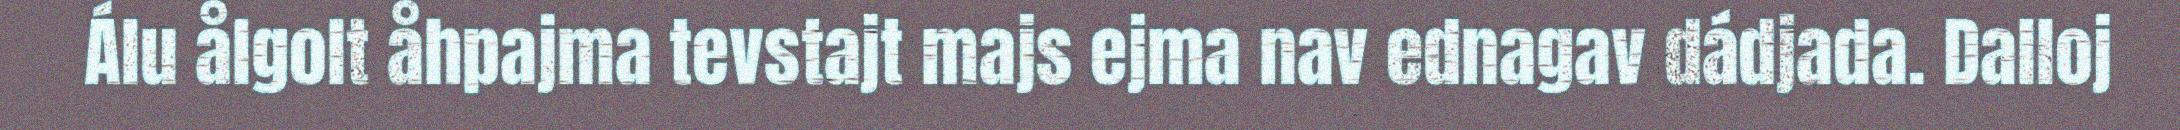
Álu ålgolt åhpajma tevstajt majs ejma nav ednagav dádjada. Dalloj